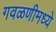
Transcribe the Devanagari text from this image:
गवळणीमध्ये